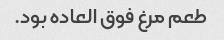
طعم مرغ فوق العاده بود.